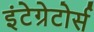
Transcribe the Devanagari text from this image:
इंटेग्रेटोर्स